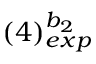
( 4 ) _ { e x p } ^ { b _ { 2 } }